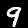
Digit: 9